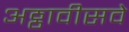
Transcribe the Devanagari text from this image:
अठ्ठावीसवे